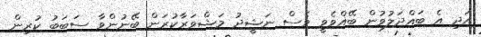
އަދި އެ ބައްދަލުވުން ބޭއްވެވީ ވެސް ނަޝީދު މަޝްވަރާކުރަން ބޭނުންވާ ސަބަބު ކުރިން